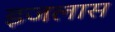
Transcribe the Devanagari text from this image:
इजलास